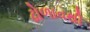
ઢોળાવથી